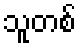
သူတစ်